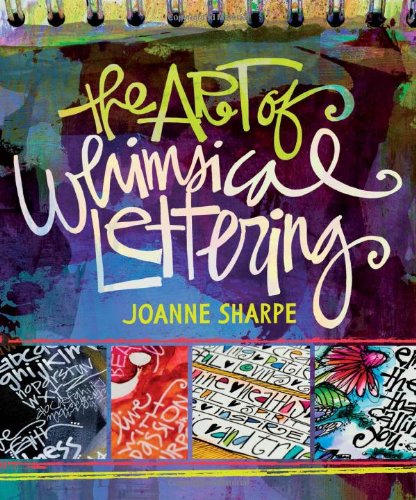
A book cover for The Art of Whimsical Lettering; Joanne Sharpe; Crafts, Hobbies & Home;